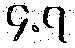
၄.၇